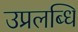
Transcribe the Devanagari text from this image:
उप्रलब्धि